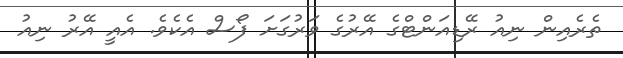
ތެރެއިން ނިއު ރޭޑިއަންޓްގެ އޭރުގެ ވަރުގަށަ ފޯސް އެކެވެ. އެއީ އޭރު ނިއު